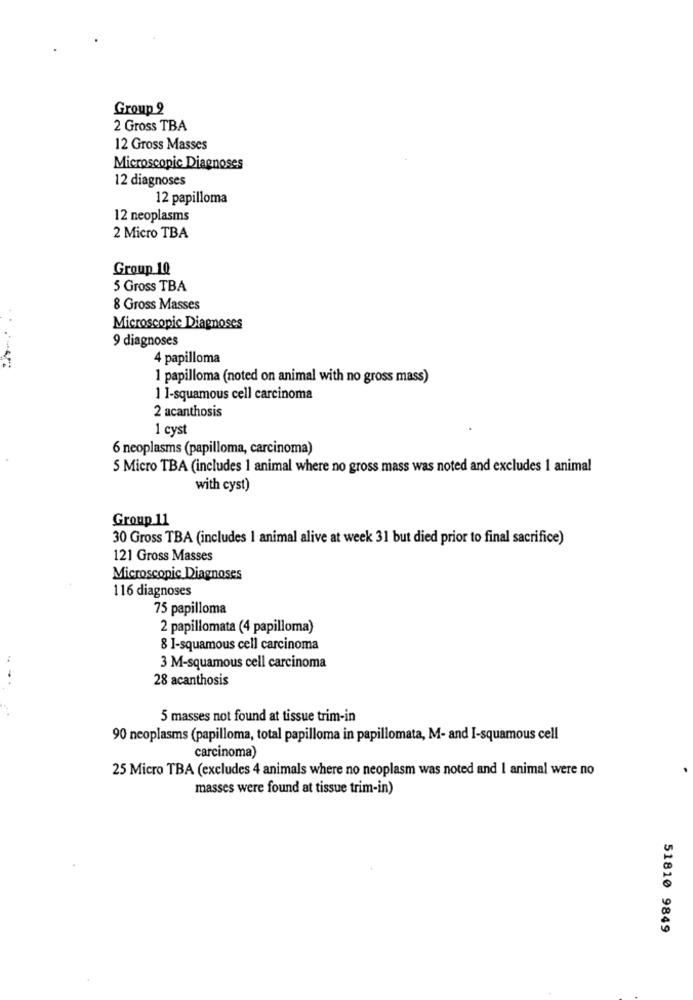
Group 2
2 Gross TBA
12 Gross Masses
Microscopic Diagnoses
12 diagnoses
12 papilloma
12 neoplasms
2 Micro TBA
Group 10
5 Gross TBA
8 Gross Masses
Microscopic Diagnoses
9 diagnoses
4 papilloma
1 papilloma (noted on animal with no gross mass)
1 1-squamous cell carcinoma
2 acanthosis
1 cyst
6 neoplasms (papilloma, carcinoma)
5 Micro TBA (includes 1 animal where no gross mass was noted and excludes 1 animal
with cyst)
Group 11
30 Gross TBA (includes 1 animal alive at week 31 but died prior to final sacrifice)
121 Gross Masses
Microscopic Diagnoses
116 diagnoses
75 papilloma
2 papillomata (4 papilloma)
8 I-squamous cell carcinoma
3 M-squamous cell carcinoma
..-.
28 acanthosis
5 masses not found at tissue trim-in
90 neoplasms (papilloma, total papilloma in papillomata, M- and I-squamous cell
carcinoma)
25 Micro TBA (excludes 4 animals where no neoplasm was noted and I animal were no
masses were found at tissue trim-in)
51810 9849